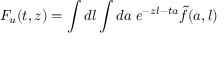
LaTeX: F _ { u } ( t , z ) = \int d l \int d a \; e ^ { - z l - t a } \tilde { f } ( a , l )